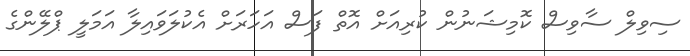
ސިވިލް ސާވިސް ކޮމިޝަނުން ކުރިއަށް އޮތް ފަސް އަހަރަށް އެކުލަވައިލާ އަމަލީ ޕްލޭންގެ